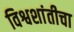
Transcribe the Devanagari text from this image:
विश्वशांतीचा